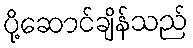
ပို့ဆောင်ချိန်သည်